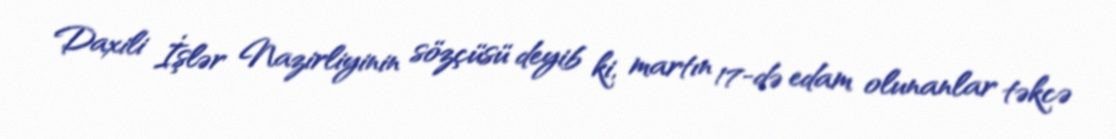
Daxili İşlər Nazirliyinin sözçüsü deyib ki, martın 17-də edam olunanlar təkcə